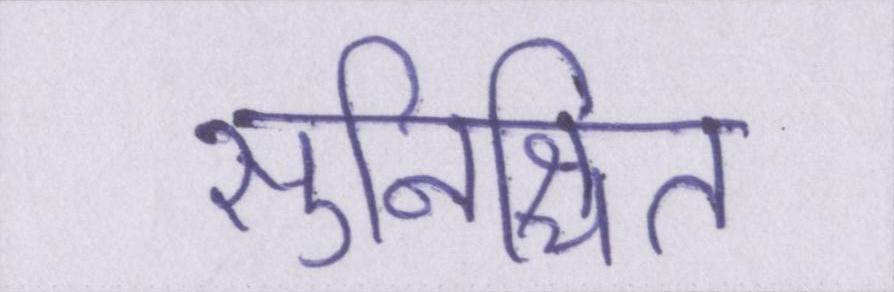
सुनिश्चित